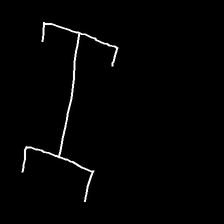
Glyph: entwine